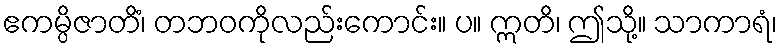
ဧကမ္ပိဇာတိံ၊ တဘဝကိုလည်းကောင်း။ ပ။ ဣတိ၊ ဤသို့။ သာကာရံ၊